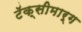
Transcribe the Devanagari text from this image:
टॅक्सीमार्ग